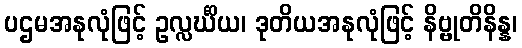
ပဌမအနုလုံဖြင့် ဥလ္လင်္ဃိယ၊ ဒုတိယအနုလုံဖြင့် နိဗ္ဗုတိနိန္န၊